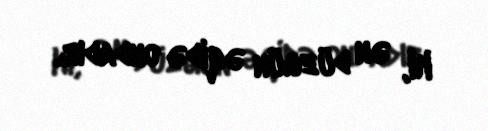
ki, ən düzgün əqidə ondadır.